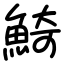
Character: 𩸞